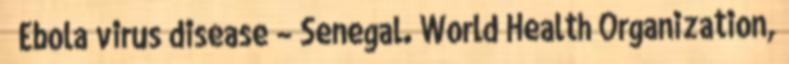
↑ Ebola virus disease – Senegal. World Health Organization,